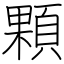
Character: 顆